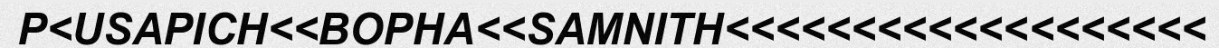
P<USAPICH<<BOPHA<<SAMNITH<<<<<<<<<<<<<<<<<<<